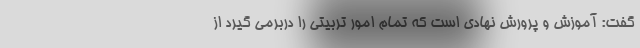
گفت: آموزش و پرورش نهادی است که تمام امور تربیتی را دربرمی گیرد از